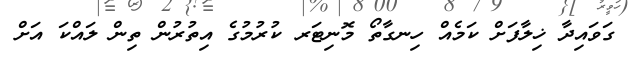
ގަވައިދާ ޚިލާފަށް ކަމެއް ހިނގާތޯ މޮނިޓަރ ކުރުމުގެ އިތުރުން ތިން ލައްކަ އަށް